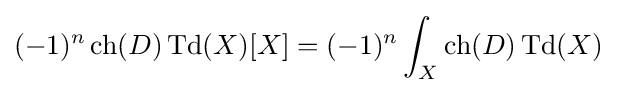
(-1)^{n}\operatorname {ch} (D)\operatorname {Td} (X)[X]=(-1)^{n}\int _{X}\operatorname {ch} (D)\operatorname {Td} (X)